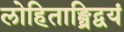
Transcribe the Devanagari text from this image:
लोहिताङ्घ्रिद्वयं